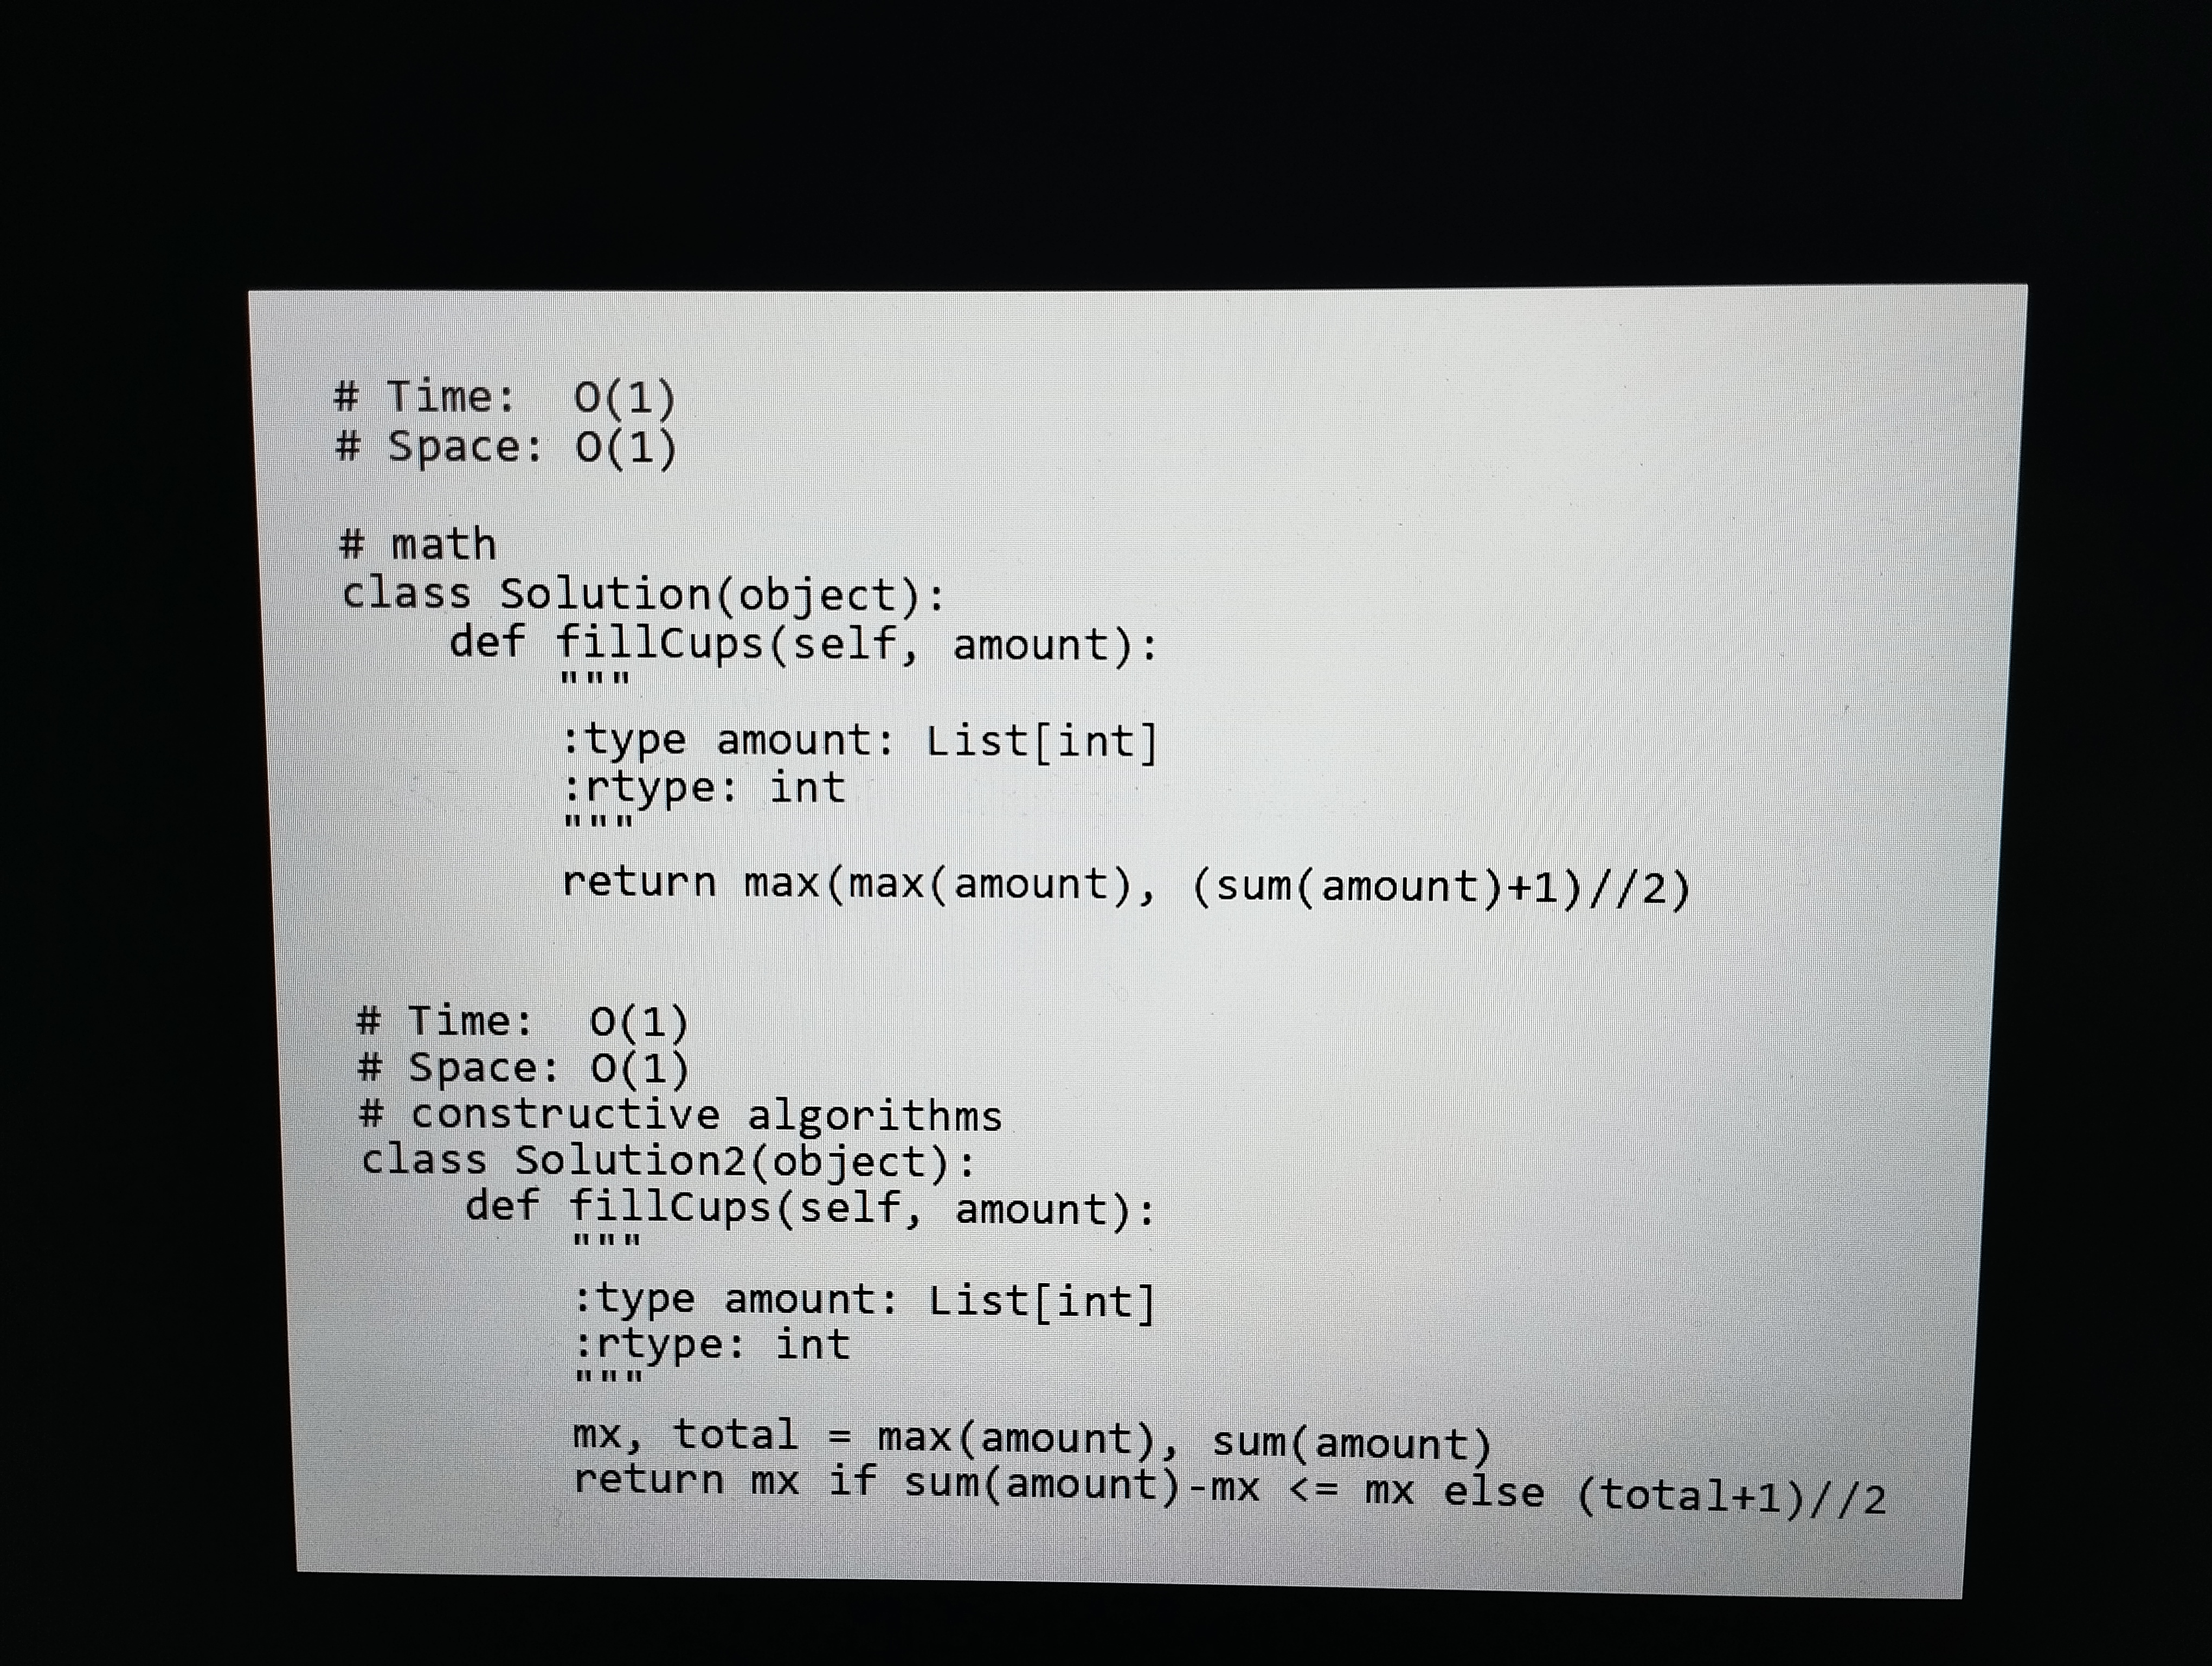
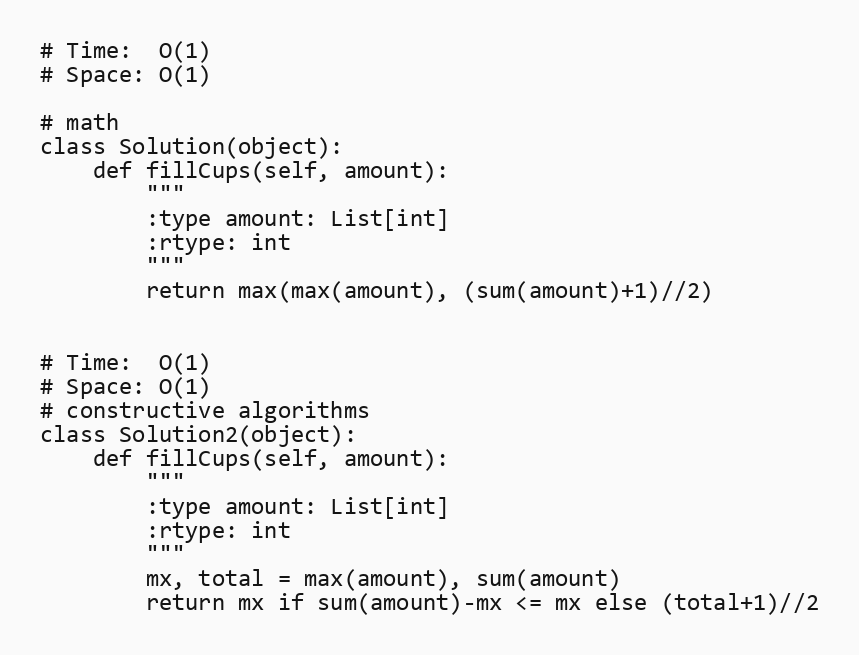
# Time:  O(1)
# Space: O(1)

# math
class Solution(object):
    def fillCups(self, amount):
        """
        :type amount: List[int]
        :rtype: int
        """
        return max(max(amount), (sum(amount)+1)//2)

# Time:  O(1)
# Space: O(1)
# constructive algorithms
class Solution2(object):
    def fillCups(self, amount):
        """
        :type amount: List[int]
        :rtype: int
        """
        mx, total = max(amount), sum(amount)
        return mx if sum(amount)-mx <= mx else (total+1)//2